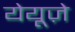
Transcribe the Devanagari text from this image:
येयूज़े